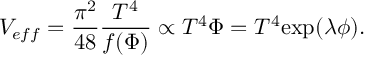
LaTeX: V _ { e f f } = \frac { \pi ^ { 2 } } { 4 8 } \frac { T ^ { 4 } } { f ( \Phi ) } \propto T ^ { 4 } \Phi = T ^ { 4 } \mathrm { e x p } ( \lambda \phi ) .